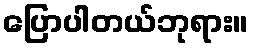
ပြောပါတယ်ဘုရား။